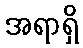
အရာရှိ